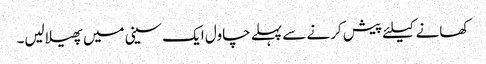
کھانے کیلئے پیش کرنے سے پہلے چاول ایک سینی میں پھیلالیں۔